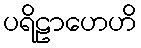
ပရိဠာဟေဟိ